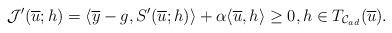
LaTeX: \begin{align*}\mathcal{J}'(\overline{u};h)= \langle \overline{y}-g, S'(\overline{u};h)\rangle + \alpha \langle \overline{u},h\rangle \ge 0, h\in T_{\mathcal{C}_{ad}}(\overline{u}).\end{align*}